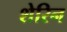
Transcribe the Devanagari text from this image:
शेरिन